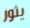
يثور